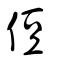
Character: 侸